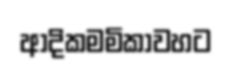
ආදිකමමිකාවහට